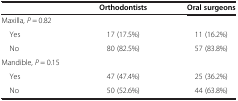
<table><thead><tr><td></td><td><b>Orthodontists</b></td><td><b>Oral surgeons</b></td></tr></thead><tbody><tr><td>Maxilla, <i>P</i> = 0.82</td><td></td><td></td></tr><tr><td> Yes</td><td>17 (17.5%)</td><td>11 (16.2%)</td></tr><tr><td> No</td><td>80 (82.5%)</td><td>57 (83.8%)</td></tr><tr><td>Mandible, <i>P</i> = 0.15</td><td></td><td></td></tr><tr><td> Yes</td><td>47 (47.4%)</td><td>25 (36.2%)</td></tr><tr><td> No</td><td>50 (52.6%)</td><td>44 (63.8%)</td></tr></tbody></table>